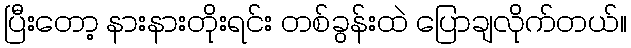
ပြီးတော့ နားနားတိုးရင်း တစ်ခွန်းထဲ ပြောချလိုက်တယ်။